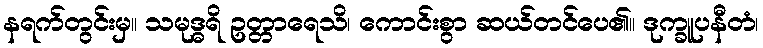
နရက်တွင်းမှ။ သမုဒ္ဓရိ ဥတ္တာရေသိ၊ ကောင်းစွာ ဆယ်တင်ပေ၏။ ဒုက္ခူပနီတံ၊